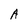
Character: A